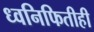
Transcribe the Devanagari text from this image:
ध्वनिफितीही